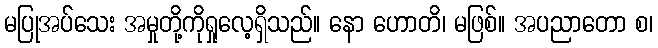
မပြုအပ်သေး အမှုတို့ကိုရှုလေ့ရှိသည်။ နော ဟောတိ၊ မဖြစ်။ အပညာတော စ၊